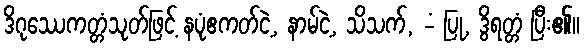
ဒိဂုဿေကတ္တံသုတ်ဖြင့် နပုံဧကတ်ငဲ့, နာမ်ငဲ့, သိသက်, -ံ ပြု, ဒွိရတ္တံ ပြီး၏။